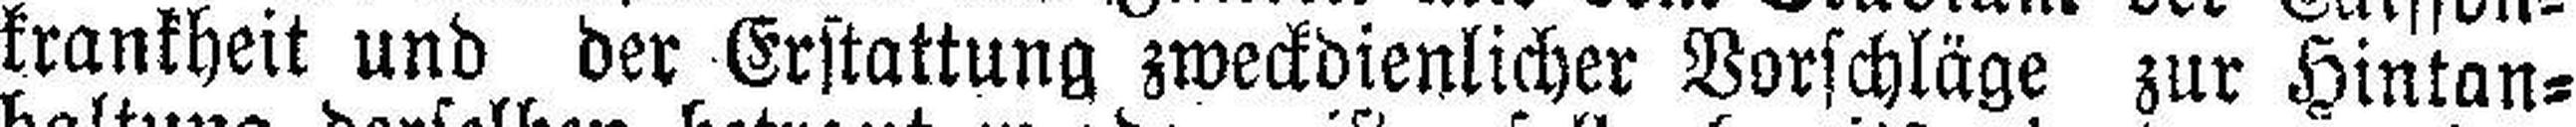
krankheit und der Erstattung zweckdienlicher Vorschläge zur Hintan¬